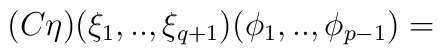
(C\eta)(\xi_1,..,\xi_{q+1})(\phi_1,..,\phi_{p-1})=